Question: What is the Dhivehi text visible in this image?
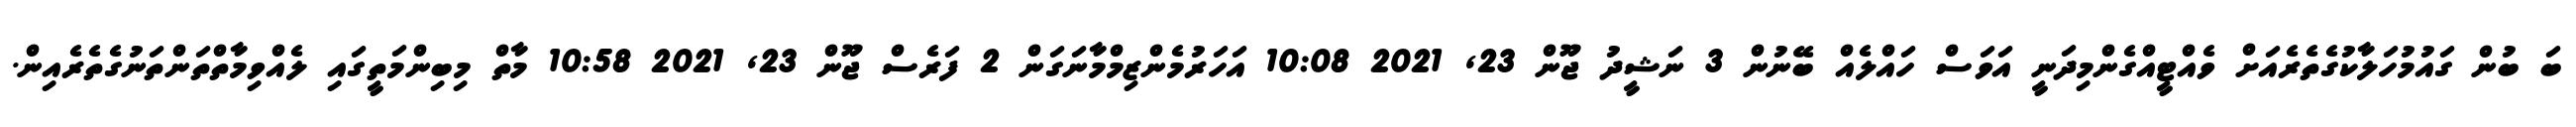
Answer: ބަ ބުން ގައުމުހަލާކުގެތެރެއަށް ވެއްޓީއްގެންމިދަނީ އަވަސް ހައްލެއް ބޭނުން 3 ނަޝީދު ޖޫން 23, 2021 10:08 އަހަރުމެންޒިމްމާނަގަން 2 ފަރެސް ޖޫން 23, 2021 10:58 މާތް މިބިންމަތީގައި ލެއްވިމާތްތަންތަނުގެތެރެއިން.